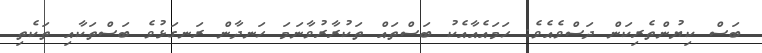
ބަސް ކިޔުންތެރިކަން ދަސްވެއެވެ. ހަމައެއާއެކު ބަސްތައް ތަކުރާރުވާނަމަ ހަނދާން ރަނގަޅުވެ ބަސްތަކާއި ތަކެތި